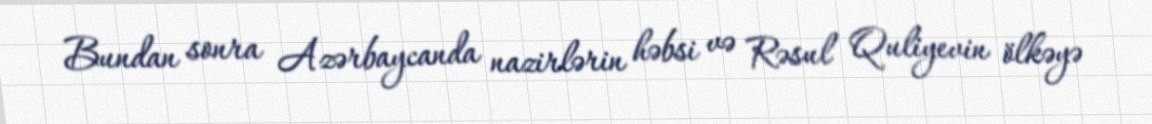
Bundan sonra Azərbaycanda nazirlərin həbsi və Rəsul Quliyevin ölkəyə